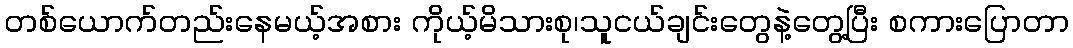
တစ်ယောက်တည်းနေမယ့်အစား ကိုယ့်မိသားစု၊သူငယ်ချင်းတွေနဲ့တွေ့ပြီး စကားပြောတာ